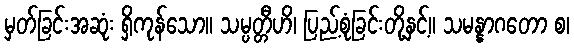
မှတ်ခြင်းအဆုံး ရှိကုန်သော။ သမ္ပတ္တီဟိ၊ ပြည့်စုံခြင်းတို့နှင့်။ သမန္နာဂတော စ၊